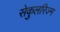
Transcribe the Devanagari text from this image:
सेकुलरिज्म